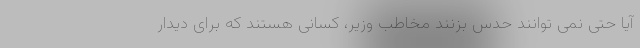
آیا حتی نمی توانند حدس بزنند مخاطب وزیر، کسانی هستند که برای دیدار